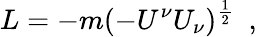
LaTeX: L=-m(-U^{\nu}U_{\nu})^{\frac{1}{2}}\, \, \, ,